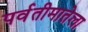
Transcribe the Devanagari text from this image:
पर्वतीमातेला